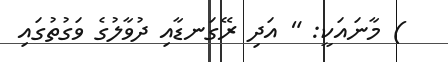
) މާނައަކީ: " އަދި ރޭގަނޑާއި ދުވާލުގެ ވަގުތުގައި